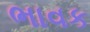
ભાવક